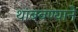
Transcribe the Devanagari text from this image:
थांबवण्याने